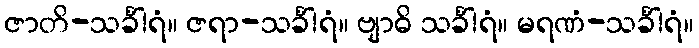
ဇာတိ-သင်္ခါရံ။ ဇရာ-သင်္ခါရံ။ ဗျာဓိ သင်္ခါရံ။ မရဏံ-သင်္ခါရံ။